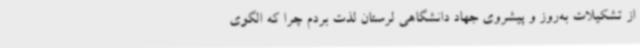
از تشکیلات به‌روز و پیشروی جهاد دانشگاهی لرستان لذت بردم چرا که الگوی